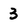
Character: 3